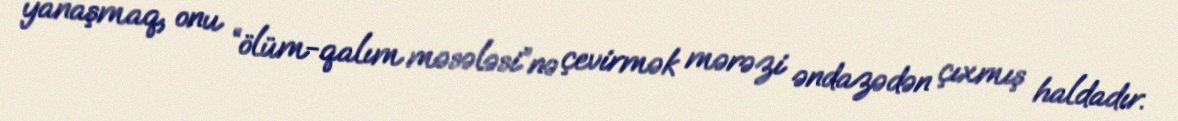
yanaşmaq, onu “ölüm-qalım məsələsi”nə çevirmək mərəzi əndazədən çıxmış haldadır.